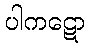
ပါကဋော